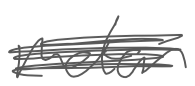
Text: motor
Cross-out: scratch
Writing tool: digital_gray